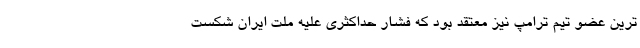
ترین عضو تیم ترامپ نیز معتقد بود که فشار حداکثری علیه ملت ایران شکست